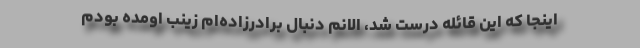
اینجا که این قائله درست شد، الانم دنبال برادرزاده‌ام زینب اومده بودم